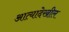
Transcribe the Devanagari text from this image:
आत्यादेखील